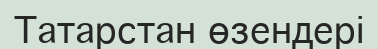
Татарстан өзендері